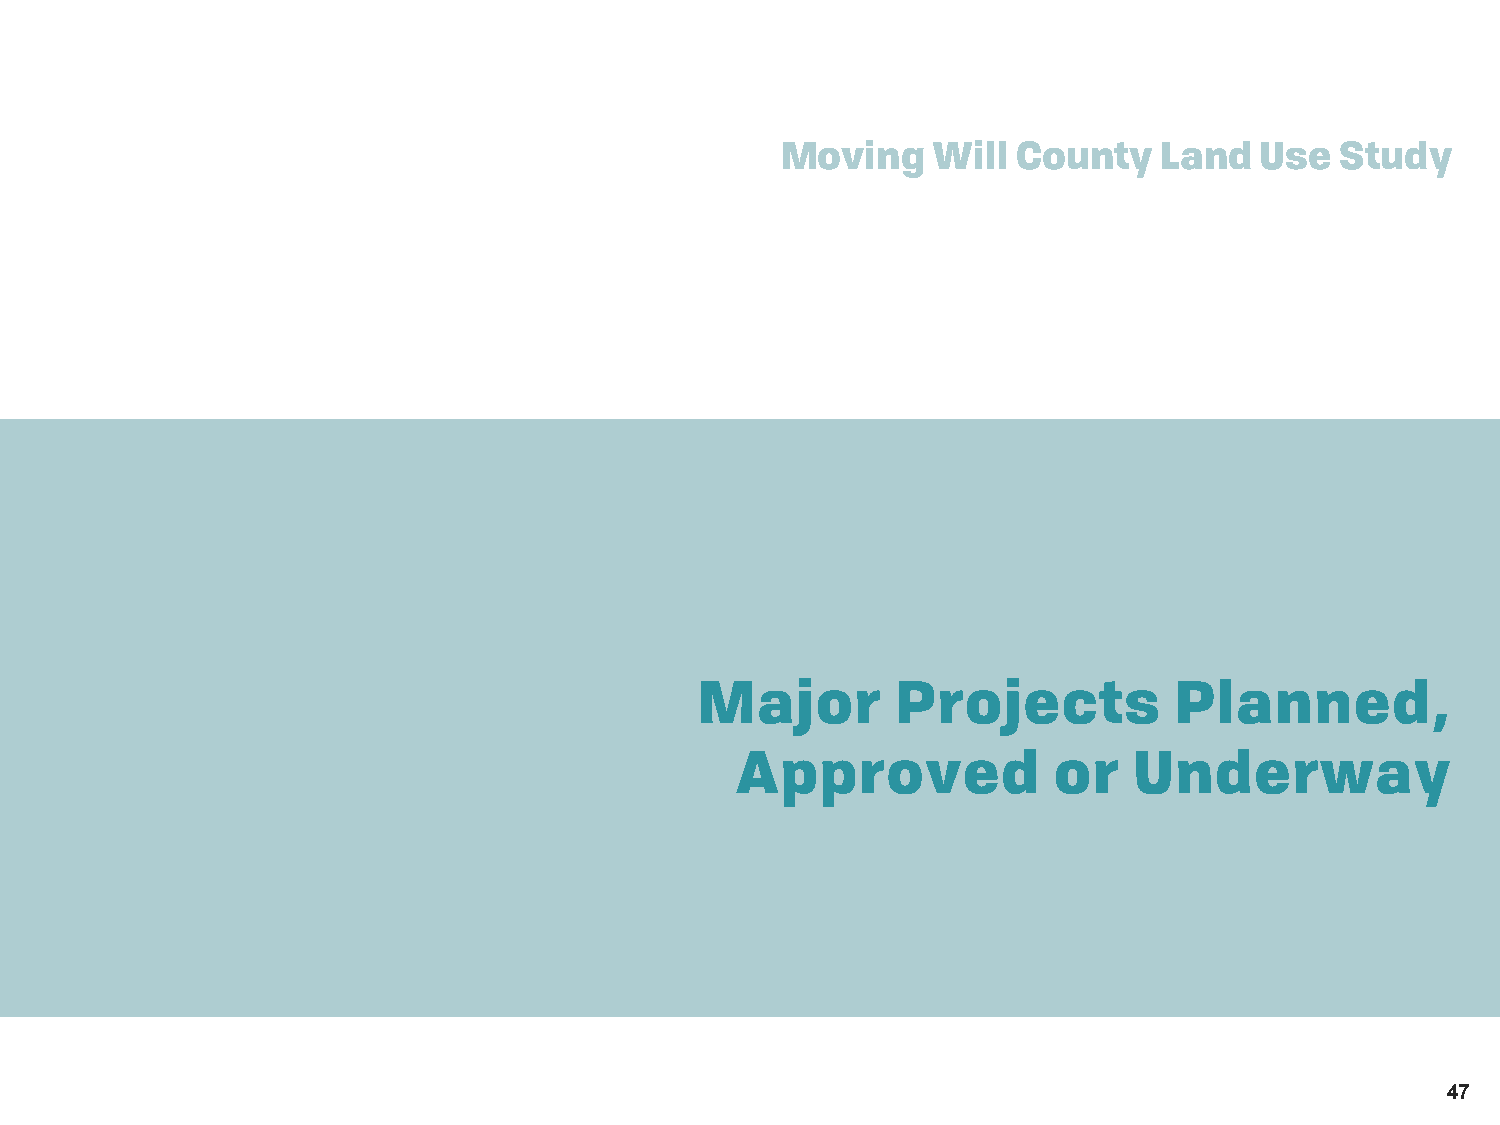
Moving    Will County    Land  Use   Study
 Major        Projects           Planned,
 Approved             or   Underway
 47